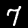
Label: 7